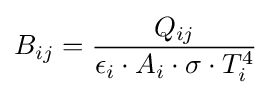
B_{ij}={\frac {Q_{ij}}{\epsilon _{i}\cdot A_{i}\cdot \sigma \cdot T_{i}^{4}}}